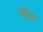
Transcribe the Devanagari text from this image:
ग्लेंडा